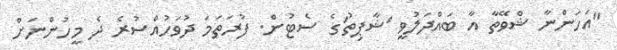
"އަހަންނާ ޝްވޭތާ އާ ބައްދަލުވީ 'ޝާޕިތު'ގެ ސެޓުން. ފުރަތަމަ ދުވަހުއްސުރެ ދެ މީހުންނަށް